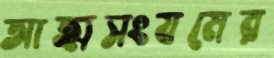
আত্মসংযমের